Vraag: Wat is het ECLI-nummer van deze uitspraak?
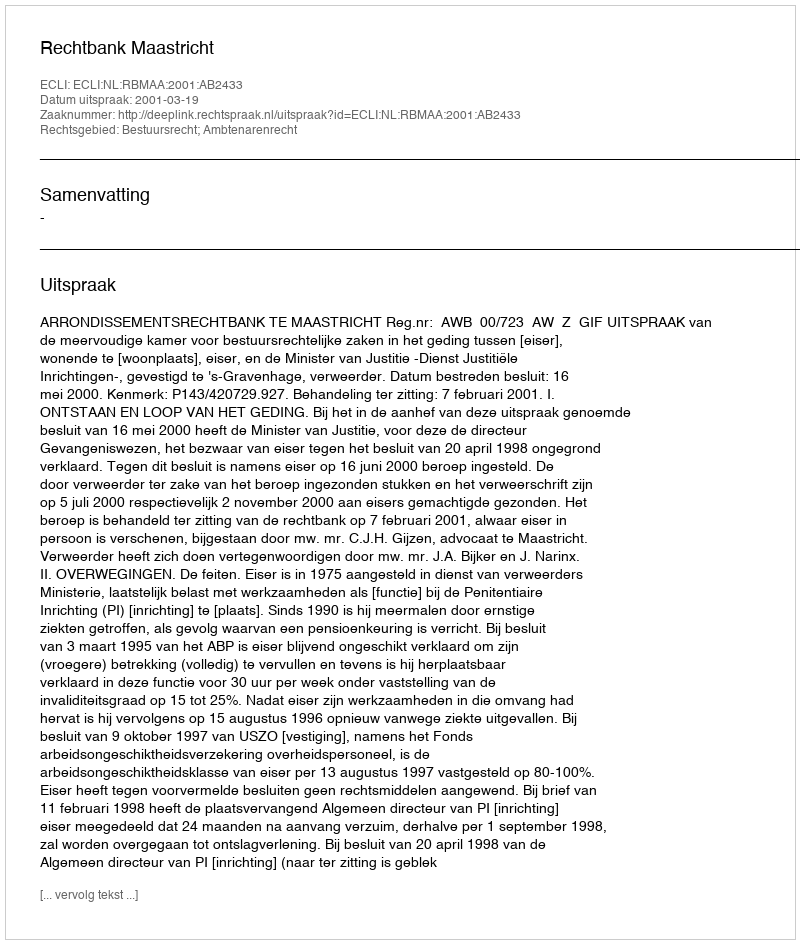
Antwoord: ECLI:NL:RBMAA:2001:AB2433